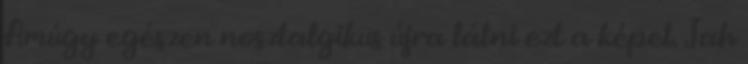
Amúgy egészen nosztalgikus újra látni ezt a képet. Jah